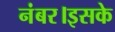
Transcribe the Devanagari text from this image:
नंबर।इसके